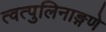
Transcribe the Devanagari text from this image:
त्वत्पुलिनाङ्गणे